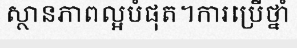
ស្ថានភាពល្អបំផុត។ការប្រើថ្នាំ